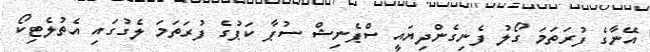
އޭނާގެ ފުރަތަމަ ގޯލު ފެނިގެންދިޔައީ ސްޕެނިޝް ސުޕާ ކަޕުގެ ފުރަތަމަ ލެގުގައި އެތުލެޓިކޯ